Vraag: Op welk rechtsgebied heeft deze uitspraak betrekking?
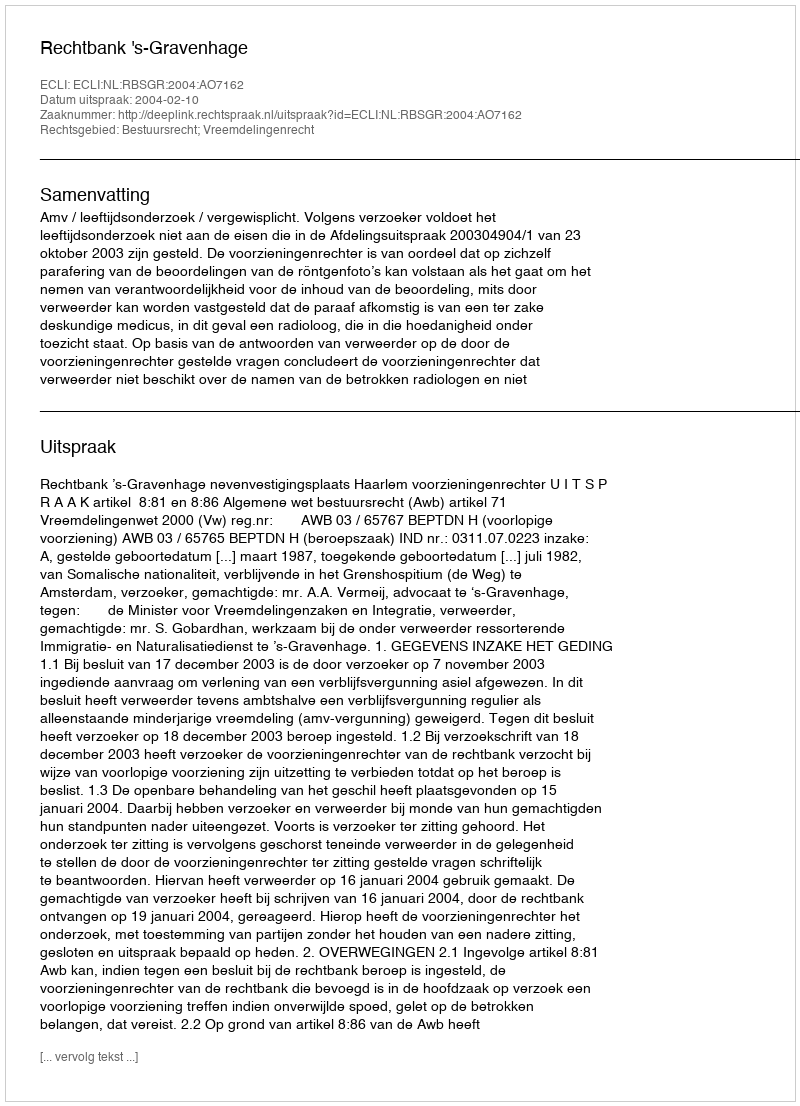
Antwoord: Bestuursrecht; Vreemdelingenrecht